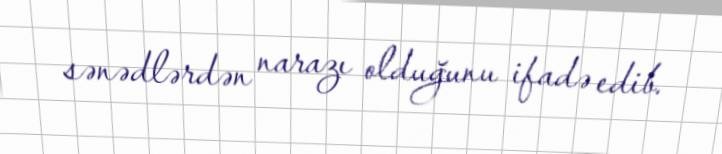
sənədlərdən narazı olduğunu ifadə edib.